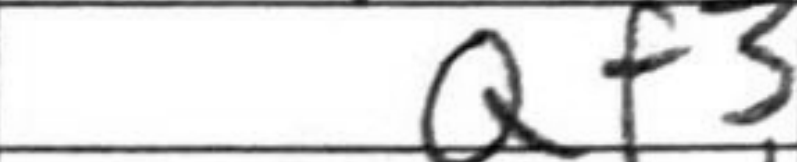
Transcription: Qf3